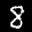
Label: 8